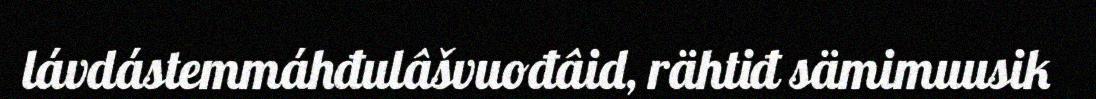
lávdástemmáhđulâšvuođâid, rähtiđ sämimuusik